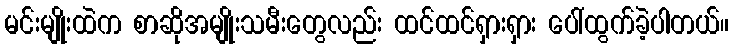
မင်းမျိုးထဲက စာဆိုအမျိုးသမီးတွေလည်း ထင်ထင်ရှားရှား ပေါ်ထွက်ခဲ့ပါတယ်။